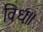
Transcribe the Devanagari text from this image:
विधः॥